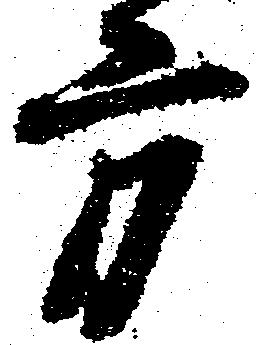
方